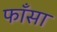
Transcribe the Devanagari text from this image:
फाँसा